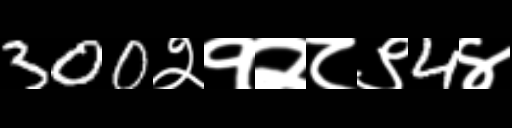
Text: 300२१२८९4४